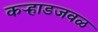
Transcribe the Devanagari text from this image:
कऱ्हाडजवळ